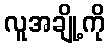
လူအချို့ကို